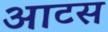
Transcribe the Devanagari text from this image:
आटस